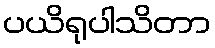
ပယိရုပါသိတာ